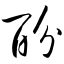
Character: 酚